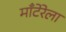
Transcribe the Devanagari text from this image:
माँटेरेला